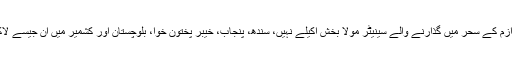
ساری عمر بھٹو ازم کے سحر میں گذارنے والے سینیٹر مولا بخش اکیلے نہیں، سندھ، پنجاب، خیبر پختون خوا، بلوچستان اور کشمیر میں ان جیسے لاکھوں ہزاروں ہیں۔